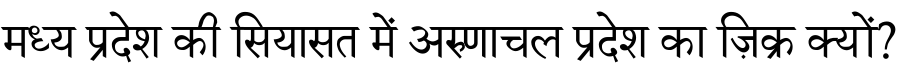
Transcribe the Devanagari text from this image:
मध्य प्रदेश की सियासत में अरुणाचल प्रदेश का ज़िक्र क्यों?